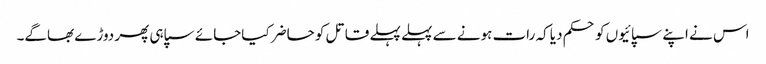
اس نے اپنے سپائیوں کو حکم دیا کہ رات ہونے سے پہلے پہلے قاتل کو حاضر کیاجائے سپاہی پھر دوڑے بھاگے۔